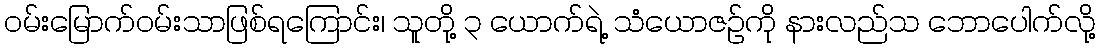
ဝမ်းမြောက်ဝမ်းသာဖြစ်ရကြောင်း၊ သူတို့ ၃ ယောက်ရဲ့ သံယောဇဉ်ကို နားလည်သ ဘောပေါက်လို့